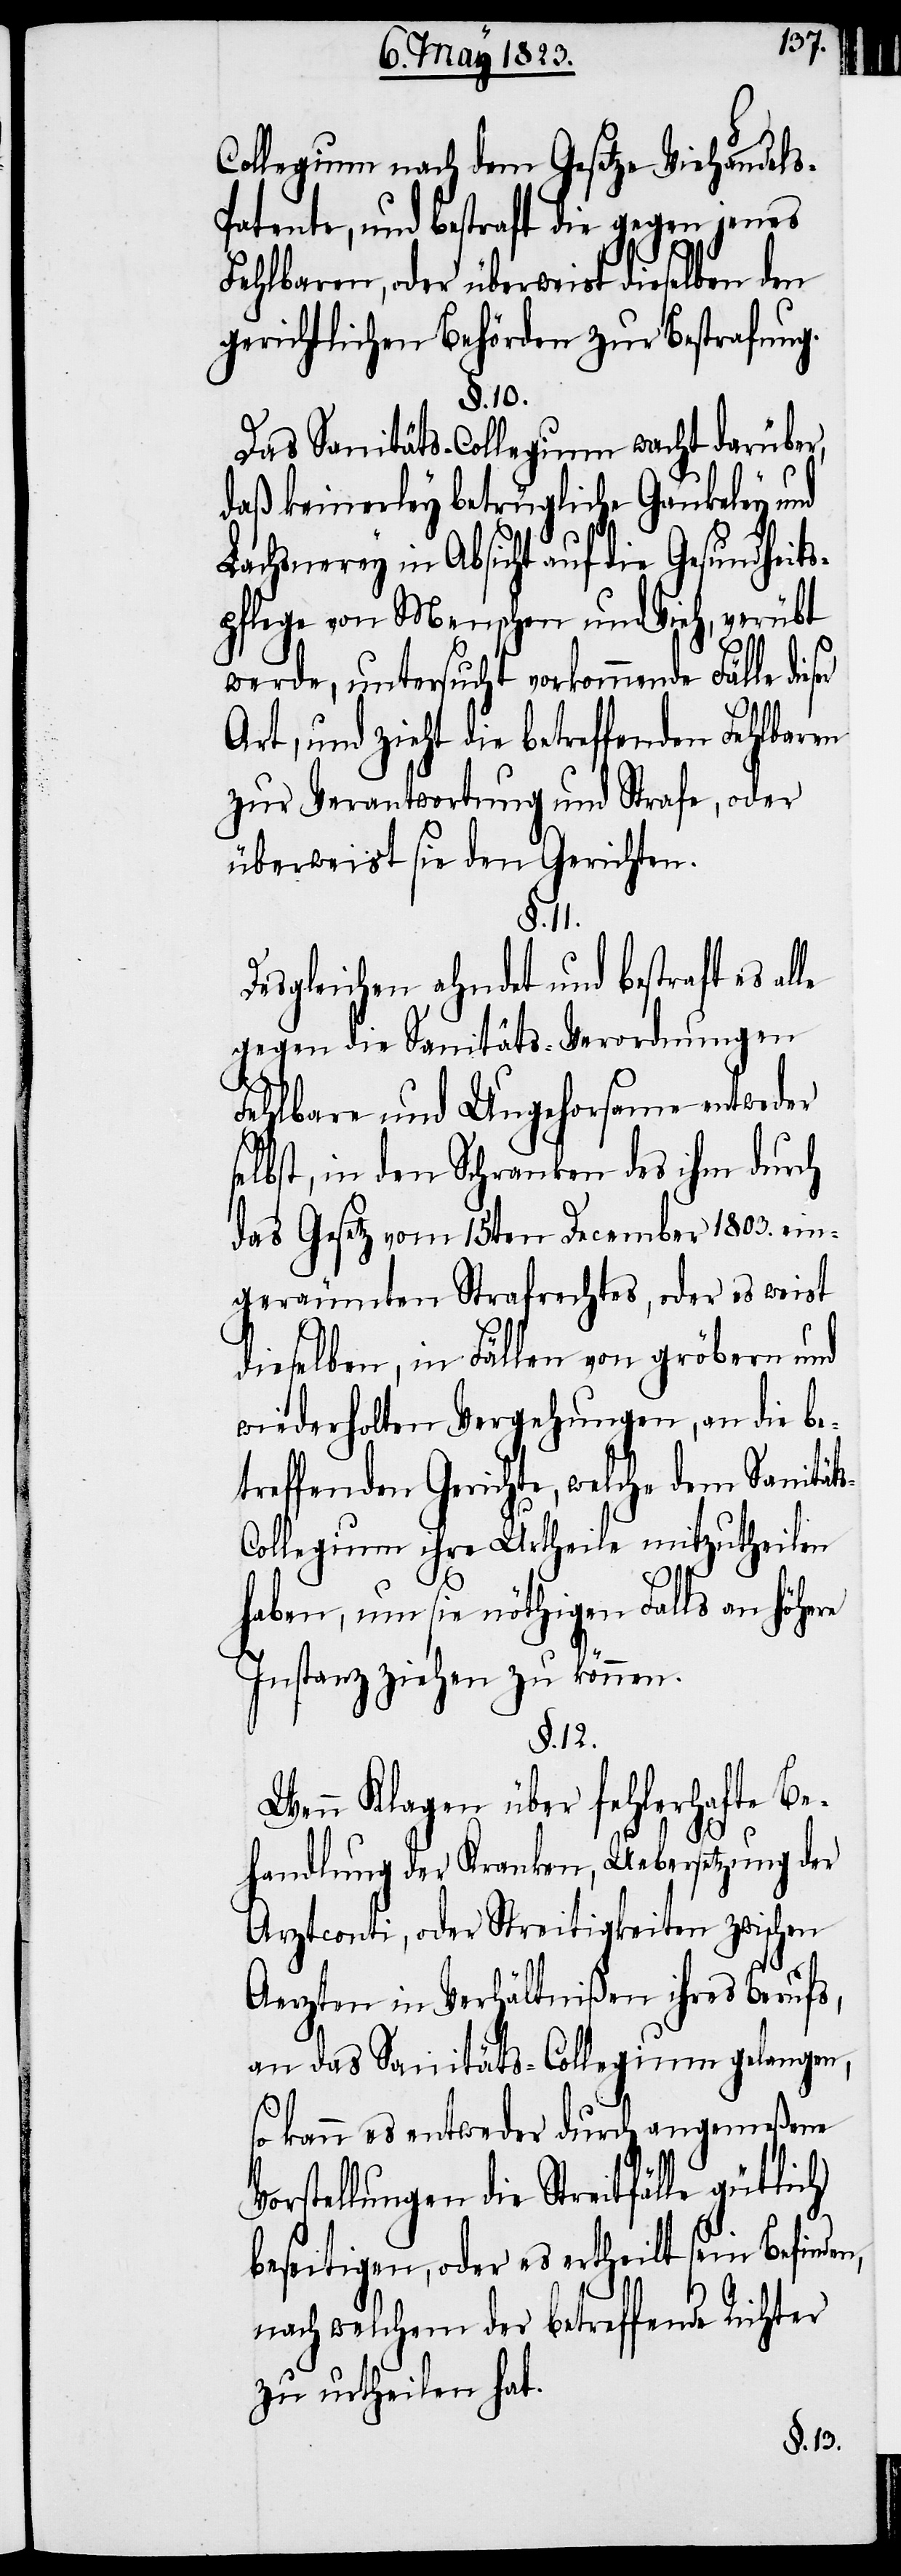
Collegium nach dem Gesetze Viehhande¬
atente, und bestraft die gegen jenes
n,
Fehlbaren, oder überweist dieselben den
gerichtlichen Behörden zur Bestrafung.
§. 10.
Das Sanitäts-Collegium wacht darüber,
daß keinerley betrügliche Gaukeley und
s-C¬
Lachsnerey in Absicht auf die Gesundheits¬
pflege von Menschen und Vieh, verübt
werde, untersucht vorkommende Fälle
Art, und zieht die betreffenden Fehlbaren
zur Verantwortung und Strafe, oder
überweist sie den Gerichten.
§. 11.
Desgleichen ahndet und bestraft es al¬
gegen die Sanitäts-Verordnungen
Fehlbare und Ungehorsame entweder
selbst, in den Schranken des ihm durch
das Gesetz vom 15ten December 1803. ein¬
geräumten Strafrechtes, oder es weist
dieselben, in Fällen von gröbern und
wiederholten Vergehungen, an die be¬
treffenden Gerichte, welche dem Sanität¬
ollegium ihre Urtheile mitzutheilen
ls-P¬
haben, um sie nöthigen Falls an höhere
Instanz ziehen zu können.
§. 12.
Wenn Klagen über fehlerhafte Be¬
handlung der Kranken, Uebersetzung der
Arztconti, oder Streitigkeiten zwischen
Aerzten in Verhältnißen ihres Berufs,
an das Sanitäts-Collegium gelangen,
so kann es entweder durch angemeßene
Vorstellungen die Streitfälle gütlich
beseitigen, oder es ertheilt sein Befinde¬
nach welchem der betreffende Richter
zu urtheilen hat.